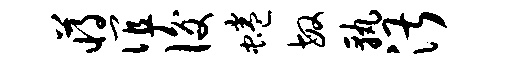
蒋谊后蜷敏孰湛